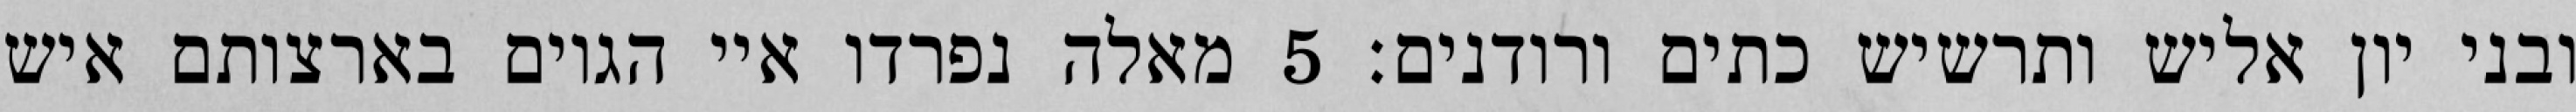
ובני יון אליש ותרשיש כתים ורודנים׃ ‎5‏ מאלה נפרדו איי הגוים בארצותם איש